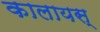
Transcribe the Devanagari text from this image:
कालायस्